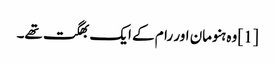
[1] وہ ہنومان اور رام کے ایک بھگت تھے۔